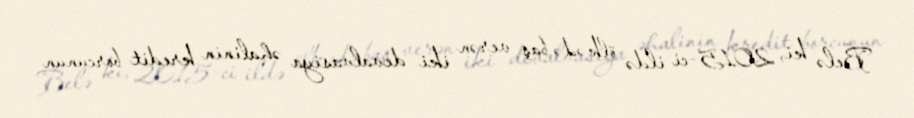
Belə ki, 2015-ci ildə ölkədə baş verən iki devalvasiya əhalinin kredit borcunun